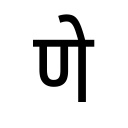
OCR:
णे